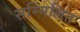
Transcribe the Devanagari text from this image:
सम्मिलित